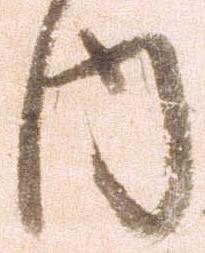
内